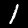
Digit: 1